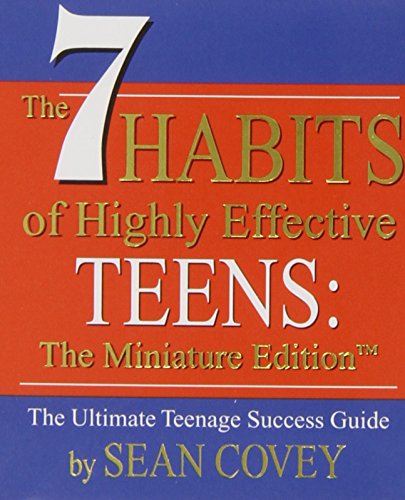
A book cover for The 7 Habits of Highly Effective Teens: The Miniature Edition; Sean Covey; Crafts, Hobbies & Home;